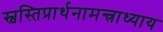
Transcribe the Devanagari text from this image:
स्वस्तिप्रार्थनामन्त्राध्याय